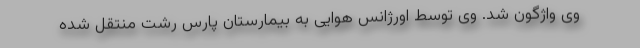
وی واژگون شد. وی توسط اورژانس هوایی به بیمارستان پارس رشت منتقل شده